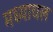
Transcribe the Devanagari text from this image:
मध्याचल